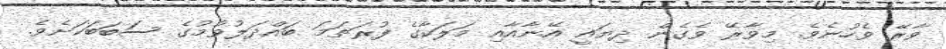
ވާރޭ ވެހުނެވެ. މިވާރޭ ވެގެން ދިޔައީ އޭނާއާއި މަލަކާގެ ފުރަތަމަ ބައްދަލުވުމުގެ ސަބަބަކަށެވެ.